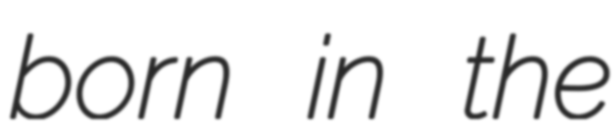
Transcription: born in the